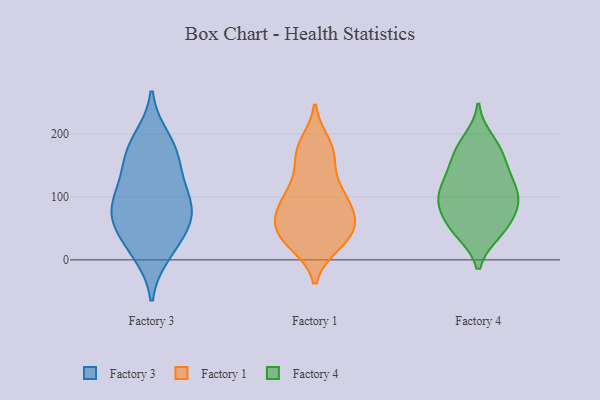
{"axis": {"x": "Demand Index", "y": "Value"}, "legend": ["Factory 1", "Factory 3", "Factory 4"], "data": [{"x": "", "y": 96, "type": "Factory 3"}, {"x": "", "y": 123, "type": "Factory 3"}, {"x": "", "y": 53, "type": "Factory 3"}, {"x": "", "y": 20, "type": "Factory 3"}, {"x": "", "y": 173, "type": "Factory 3"}, {"x": "", "y": 88, "type": "Factory 3"}, {"x": "", "y": 53, "type": "Factory 3"}, {"x": "", "y": 76, "type": "Factory 3"}, {"x": "", "y": 76, "type": "Factory 3"}, {"x": "", "y": 171, "type": "Factory 3"}, {"x": "", "y": 140, "type": "Factory 3"}, {"x": "", "y": 10, "type": "Factory 3"}, {"x": "", "y": 193, "type": "Factory 3"}, {"x": "", "y": 28, "type": "Factory 1"}, {"x": "", "y": 46, "type": "Factory 1"}, {"x": "", "y": 63, "type": "Factory 1"}, {"x": "", "y": 116, "type": "Factory 1"}, {"x": "", "y": 185, "type": "Factory 1"}, {"x": "", "y": 67, "type": "Factory 1"}, {"x": "", "y": 95, "type": "Factory 1"}, {"x": "", "y": 116, "type": "Factory 1"}, {"x": "", "y": 27, "type": "Factory 1"}, {"x": "", "y": 24, "type": "Factory 1"}, {"x": "", "y": 75, "type": "Factory 1"}, {"x": "", "y": 160, "type": "Factory 1"}, {"x": "", "y": 44, "type": "Factory 1"}, {"x": "", "y": 80, "type": "Factory 1"}, {"x": "", "y": 174, "type": "Factory 1"}, {"x": "", "y": 50, "type": "Factory 1"}, {"x": "", "y": 102, "type": "Factory 1"}, {"x": "", "y": 172, "type": "Factory 1"}, {"x": "", "y": 149, "type": "Factory 4"}, {"x": "", "y": 81, "type": "Factory 4"}, {"x": "", "y": 191, "type": "Factory 4"}, {"x": "", "y": 111, "type": "Factory 4"}, {"x": "", "y": 43, "type": "Factory 4"}, {"x": "", "y": 149, "type": "Factory 4"}, {"x": "", "y": 70, "type": "Factory 4"}, {"x": "", "y": 98, "type": "Factory 4"}, {"x": "", "y": 45, "type": "Factory 4"}, {"x": "", "y": 174, "type": "Factory 4"}, {"x": "", "y": 104, "type": "Factory 4"}, {"x": "", "y": 132, "type": "Factory 4"}, {"x": "", "y": 71, "type": "Factory 4"}, {"x": "", "y": 97, "type": "Factory 4"}, {"x": "", "y": 177, "type": "Factory 4"}, {"x": "", "y": 112, "type": "Factory 4"}, {"x": "", "y": 44, "type": "Factory 4"}]}